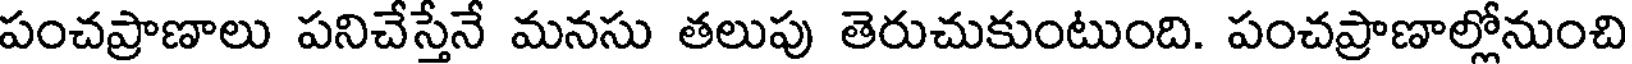
పంచప్రాణాలు పనిచేస్తేనే మనసు తలుపు తెరుచుకుంటుంది. పంచప్రాణాల్లోనుంచి